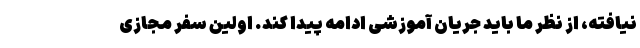
نیافته، از نظر ما باید جریان آموزشی ادامه پیدا کند. اولین سفر مجازی